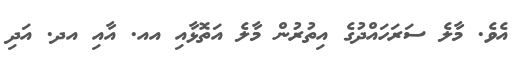
އެވެ. މާލެ ސަރަހައްދުގެ އިތުރުން މާލެ އަތޮޅާއި އއ. އާއި އދ. އަދި